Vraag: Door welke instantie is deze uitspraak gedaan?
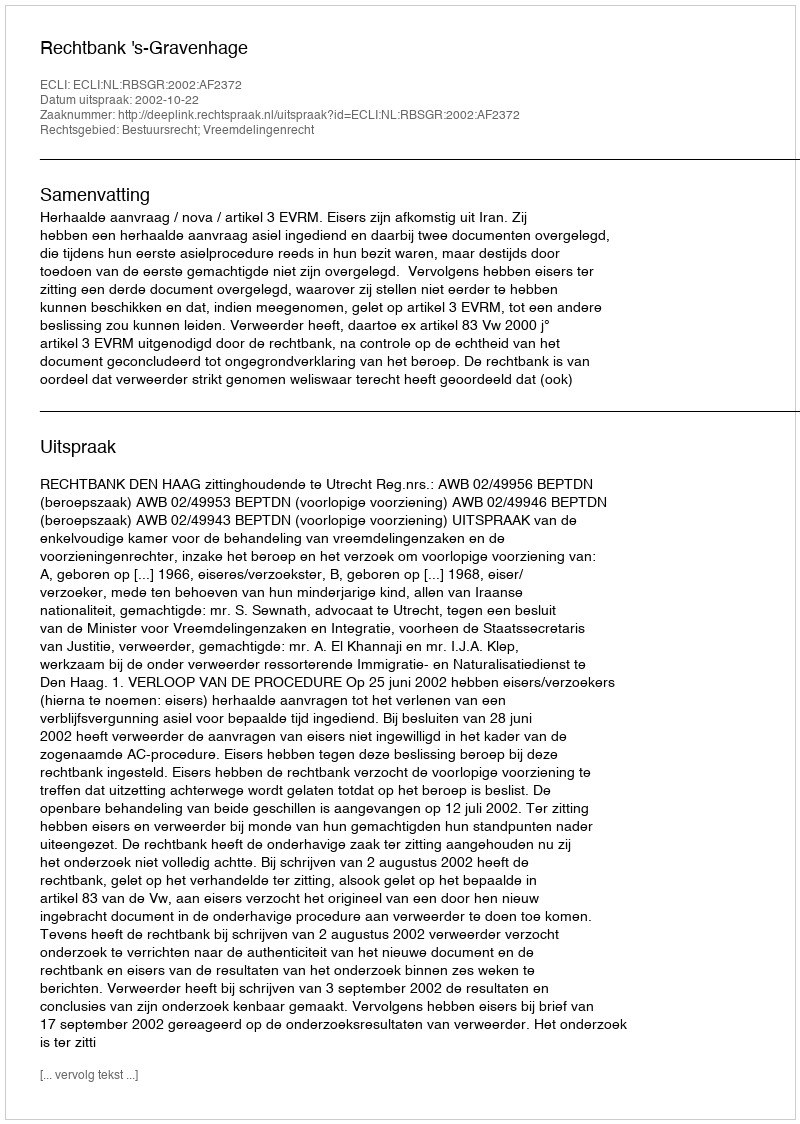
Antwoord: Rechtbank 's-Gravenhage